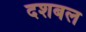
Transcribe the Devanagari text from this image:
दशबल